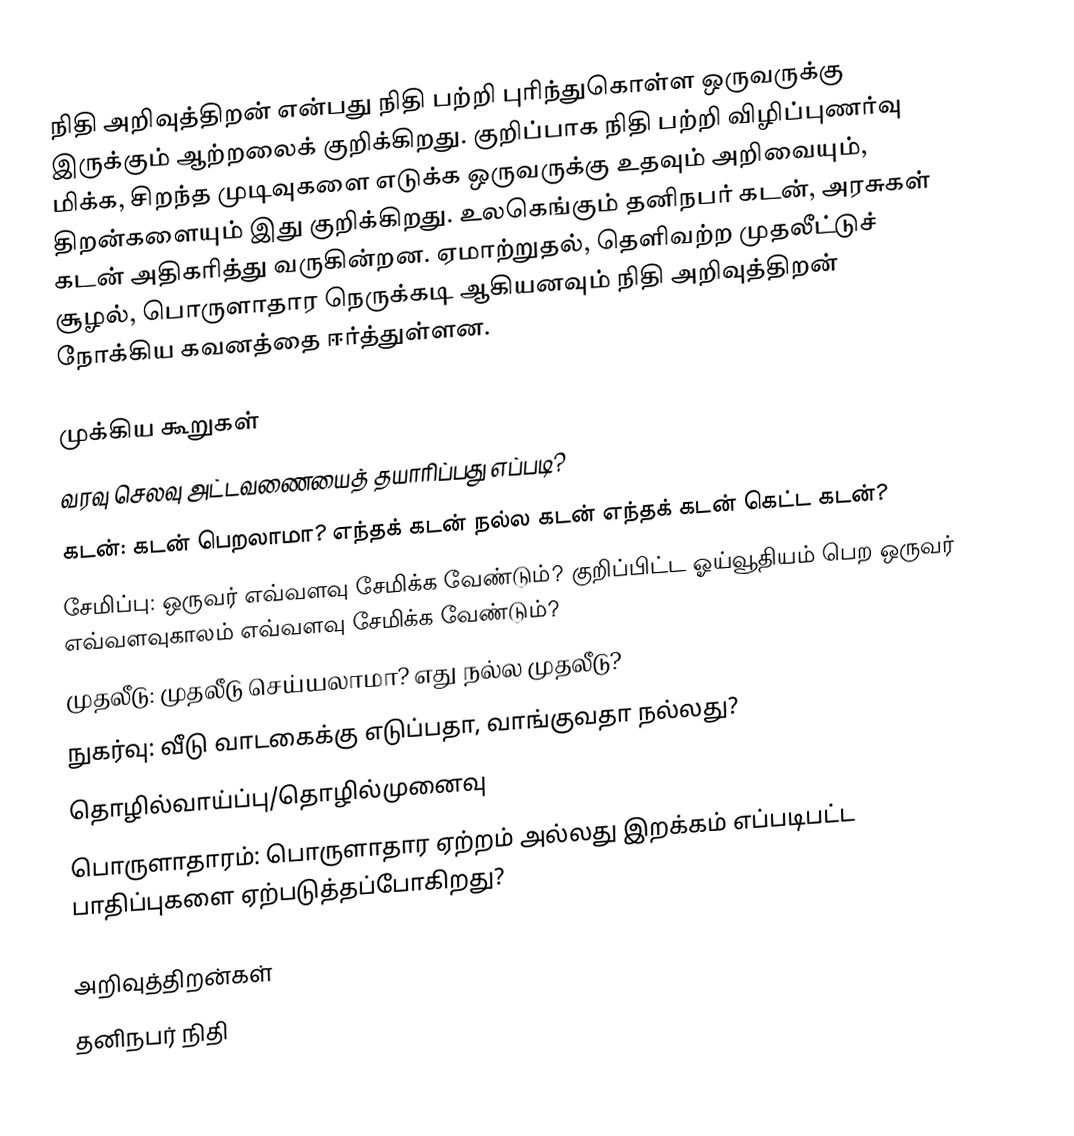
நிதி அறிவுத்திறன் என்பது நிதி பற்றி புரிந்துகொள்ள ஒருவருக்கு இருக்கும் ஆற்றலைக் குறிக்கிறது.  குறிப்பாக நிதி பற்றி விழிப்புணர்வு மிக்க, சிறந்த முடிவுகளை எடுக்க ஒருவருக்கு உதவும் அறிவையும், திறன்களையும் இது குறிக்கிறது.  உலகெங்கும் தனிநபர் கடன், அரசுகள் கடன் அதிகரித்து வருகின்றன.  ஏமாற்றுதல், தெளிவற்ற முதலீட்டுச் சூழல், பொருளாதார நெருக்கடி ஆகியனவும் நிதி அறிவுத்திறன் நோக்கிய கவனத்தை ஈர்த்துள்ளன.

முக்கிய கூறுகள்
 வரவு செலவு அட்டவணையைத் தயாரிப்பது எப்படி?
 கடன்: கடன் பெறலாமா?  எந்தக் கடன் நல்ல கடன் எந்தக் கடன் கெட்ட கடன்?
 சேமிப்பு: ஒருவர் எவ்வளவு சேமிக்க வேண்டும்?  குறிப்பிட்ட ஓய்வூதியம் பெற ஒருவர் எவ்வளவுகாலம் எவ்வளவு சேமிக்க வேண்டும்?
 முதலீடு: முதலீடு செய்யலாமா?  எது நல்ல முதலீடு?
 நுகர்வு: வீடு வாடகைக்கு எடுப்பதா, வாங்குவதா நல்லது?
 தொழில்வாய்ப்பு/தொழில்முனைவு
 பொருளாதாரம்: பொருளாதார ஏற்றம் அல்லது இறக்கம் எப்படிபட்ட பாதிப்புகளை ஏற்படுத்தப்போகிறது?

அறிவுத்திறன்கள்
தனிநபர் நிதி